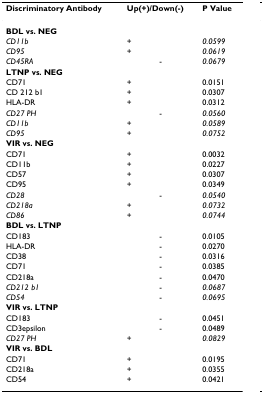
| Discriminatory Antibody | Up(+)/Down(-) | P Value |
 | --- | --- | --- |
 | BDL vs. NEG |  |  |
 | CD11b | + | 0.0599 |
 | CD95 | + | 0.0619 |
 | CD45RA | - | 0.0679 |
 | LTNP vs. NEG |  |  |
 | CD71 | + | 0.0151 |
 | CD 212 b1 | + | 0.0307 |
 | HLA-DR | + | 0.0312 |
 | CD27 PH | - | 0.0560 |
 | CD11b | + | 0.0589 |
 | CD95 | + | 0.0752 |
 | VIR vs. NEG |  |  |
 | CD71 | + | 0.0032 |
 | CD11b | + | 0.0227 |
 | CD57 | + | 0.0307 |
 | CD95 | + | 0.0349 |
 | CD28 | - | 0.0540 |
 | CD218a | + | 0.0732 |
 | CD86 | + | 0.0744 |
 | BDL vs. LTNP |  |  |
 | CD183 | - | 0.0105 |
 | HLA-DR | - | 0.0270 |
 | CD38 | - | 0.0316 |
 | CD71 | - | 0.0385 |
 | CD218a | - | 0.0470 |
 | CD212 b1 | - | 0.0687 |
 | CD54 | - | 0.0695 |
 | VIR vs. LTNP |  |  |
 | CD183 | - | 0.0451 |
 | CD3epsilon | - | 0.0489 |
 | CD27 PH | + | 0.0829 |
 | VIR vs. BDL |  |  |
 | CD71 | + | 0.0195 |
 | CD218a | + | 0.0355 |
 | CD54 | + | 0.0421 |